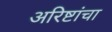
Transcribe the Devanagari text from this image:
अरिष्टांचा